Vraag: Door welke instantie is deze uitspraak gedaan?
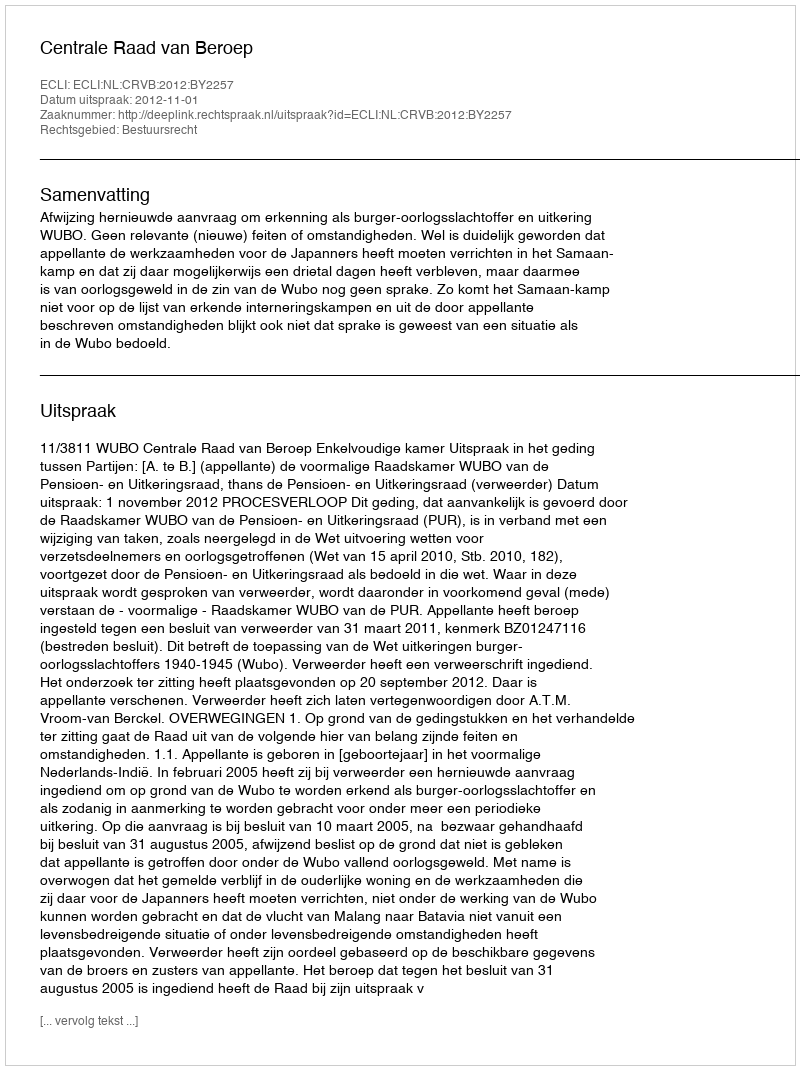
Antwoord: Centrale Raad van Beroep